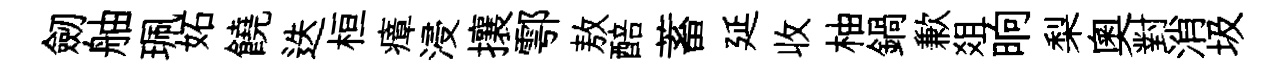
劒舳珮妬饒迭桓瘴浸攘鄠敖醅蓄延收柚鍋歉爼晌梨奧對消圾